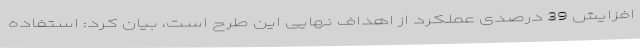
افزایش 39 درصدی عملکرد از اهداف نهایی این طرح است، بیان کرد: استفاده